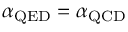
\alpha _ { \mathrm { Q E D } } = \alpha _ { \mathrm { Q C D } }